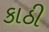
કાઠી